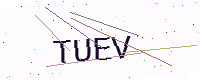
Text: TUEV